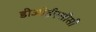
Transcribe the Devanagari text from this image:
डीओईएसीसी